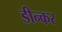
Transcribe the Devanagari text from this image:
डीन्कर